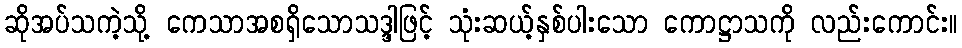
ဆိုအပ်သကဲ့သို့ ကေသာအစရှိသောသဒ္ဒါဖြင့် သုံးဆယ့်နှစ်ပါးသော ကောဋ္ဌာသကို လည်းကောင်း။